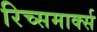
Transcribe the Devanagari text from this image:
रिच्समार्क्स